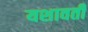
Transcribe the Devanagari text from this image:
यशावती